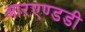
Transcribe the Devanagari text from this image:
आरएण्डडी